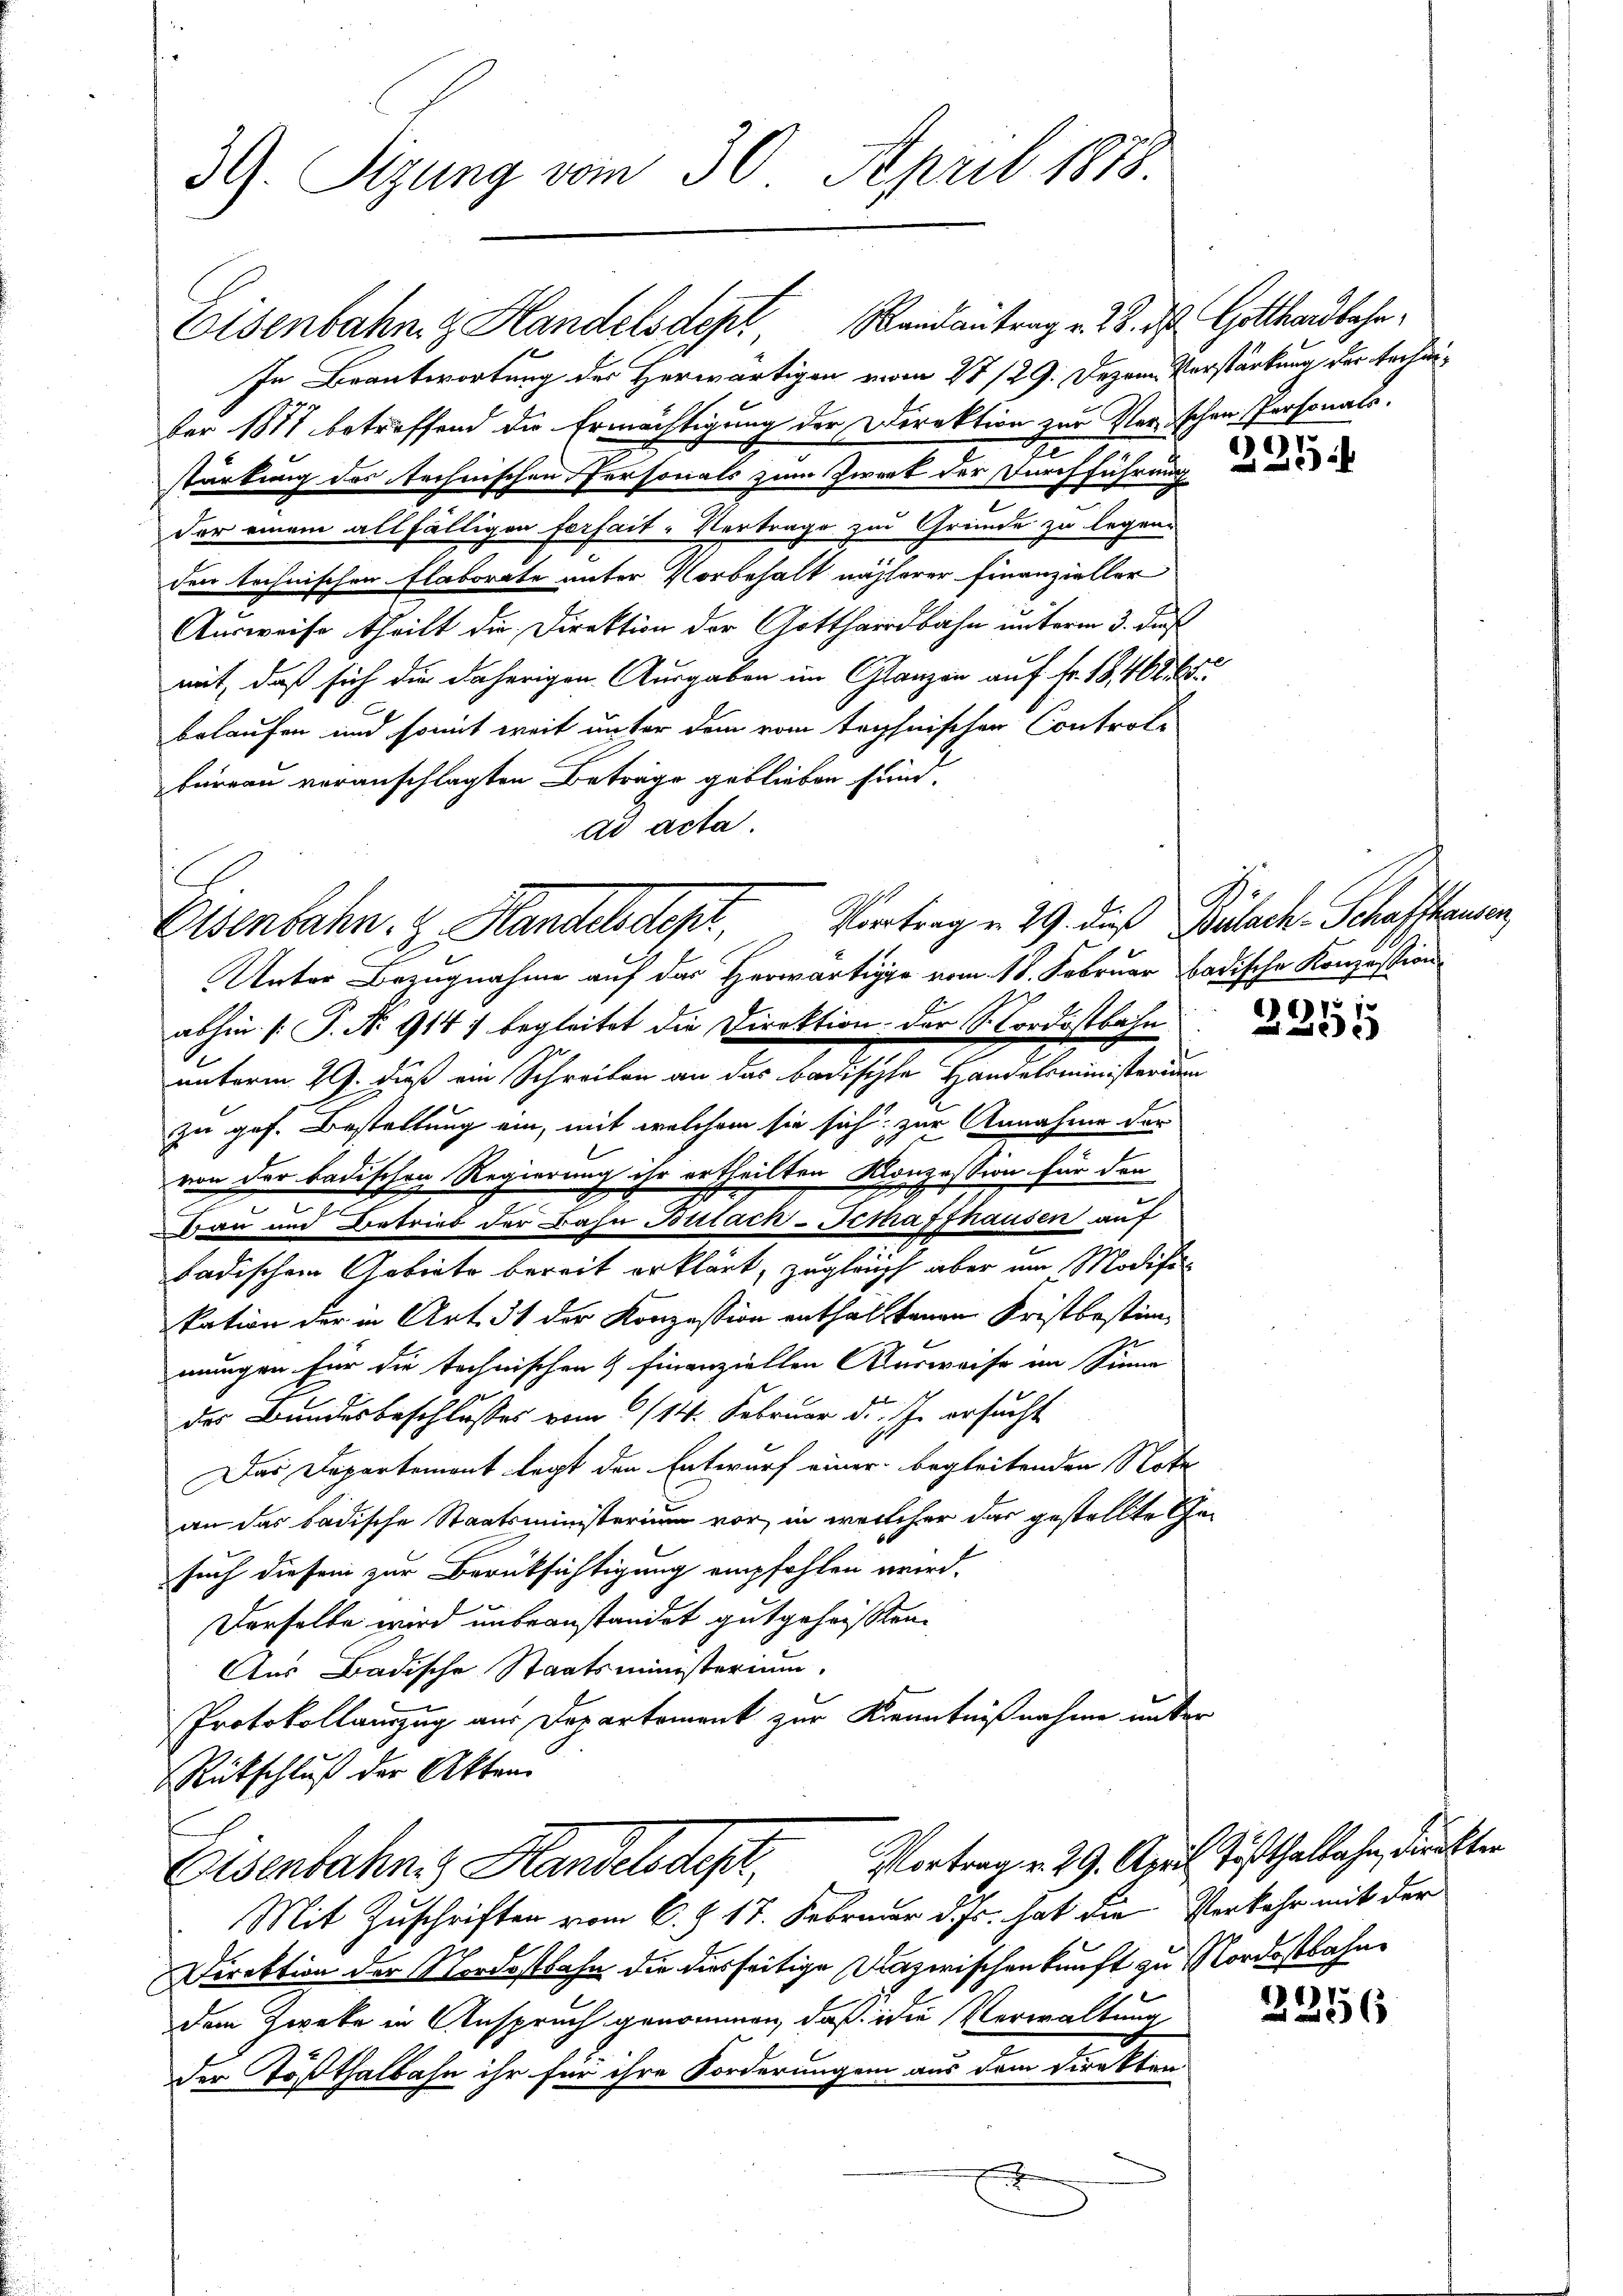
39. Sizung vom 30. April 1878.

In Beantwortung des Herwärtigen vom 27./29. Dezem Verstärkung der technider 1817 betreffend die Ermächtigung der Direktion zur Verschen Personals.
stärkung des Technischen Personals zum Zweck der Durchführung
der einem allfälligen Forfait-Vertrage zur Gründe zu legen.
den technischen Elaborate unter Vorbehalt näherer Finanzieller
Ausweise theilt die Direktion der Gotthardbahn unterm 3. des
mit, daß sich die daherigen Ausgaben im Glanzen auf Fr. 18, 462. 65
belaufen und somit weit unter dem vom technischen Control-
Fürrau veranschlagten Beträge geblieben sind.
ad acta.
Unter Bezugnahme auf das Herwärtige vom 18. Februar badische Konzession
abhin [P. No 914) begleitet die Direktion der Nordostbahn
unterm 29. dieß ein Schreiben an das badischte Handelsministerium
zu ges. Bestellung ein, mit welchem sie sich zur Annahme der
von der badischen Regierung ihr ertheilten Konzession für den
Bau und Betrieb der Bahn Bülach-Schaffhausen auf
badischen Gebiete bereit erklärt, zugleich aber am Modifi
kation der in Art. 31 der Konzession enthaltenen Fristbestimmungen für die technischen & finanziellen Ausweise an Sinne
des Bundesbeschlusses vom 8/14. Februar d. J. ersucht
Das Departement legt den Entwurf einer begleitenden Note
an das badische Staatsministerium vor, in welcher das gestellte Gesuch diesem zur Berücksichtigung empfohlen wird.
Derselbe wird unbeanstandet gutgeheissten.
Aus Badische Staatsministerium.
Protokollauszug aus Departement zur Kenntnißnahme unter
Rütschluß der Akten.
Eisenbahnes Handelsdep
Mit Zuschriften vom 6. & 17. Februar d. Js. hat die Verkehr mit der
Direktion der Nordostbahn die diesseitige Dazwischenkunft zu Nordostbahne
dem Zweke in Anspruch genommen, daß die Verwaltung
der Tößthalbahn ihr für ihre Forderungen aus dem Direkten

Osenbahn, z. Handelsdept, Vortrag u. 29. dieß Bülach. Schaffhausen

Eisenbahn z. Handelsdept andantrag v. 28. ds. Gotthardbahn¬

)
225

1
255

Vortrag v. 29. April Tößthalbahn, Direkter

2356